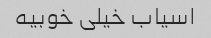
اسیاب خیلی خوبیه